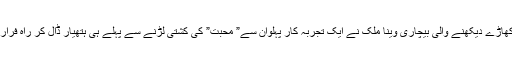
سو بالی وڈ کے نو آموز بچونگڑوں کے اکھاڑے دیکھنے والی بیچاری وینا ملک نے ایک تجربہ کار پہلوان سے” محبت” کی کشتی لڑنے سے پہلے ہی ہتھیار ڈال کر راہ فرار اختیار کرنے میں ہی بھلائی جانی ہو گی۔